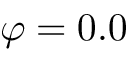
\varphi = 0 . 0